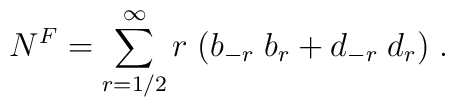
N^F=\sum_{r=1/2}^{\infty}r\;(b_{-r}\; b_r+d_{-r}\;d_r)\;.